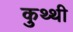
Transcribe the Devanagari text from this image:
कुथ्थी